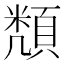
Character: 𮨔